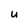
Character: u